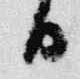
日